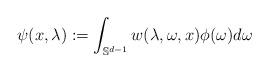
LaTeX: \begin{align*}\psi(x, \lambda) := \int_{\mathbb{S}^{d-1}} w(\lambda, \omega, x) \phi(\omega) d \omega \end{align*}